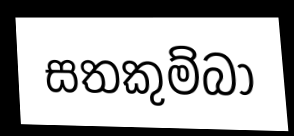
සතකුම්බා